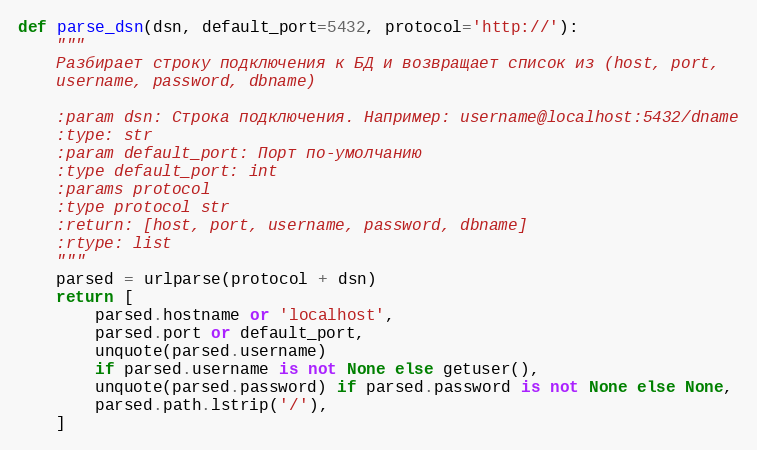
Language: Python
def parse_dsn(dsn, default_port=5432, protocol='http://'):
    """
    Разбирает строку подключения к БД и возвращает список из (host, port,
    username, password, dbname)

    :param dsn: Строка подключения. Например: username@localhost:5432/dname
    :type: str
    :param default_port: Порт по-умолчанию
    :type default_port: int
    :params protocol
    :type protocol str
    :return: [host, port, username, password, dbname]
    :rtype: list
    """
    parsed = urlparse(protocol + dsn)
    return [
        parsed.hostname or 'localhost',
        parsed.port or default_port,
        unquote(parsed.username)
        if parsed.username is not None else getuser(),
        unquote(parsed.password) if parsed.password is not None else None,
        parsed.path.lstrip('/'),
    ]